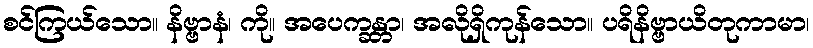
စင်ကြယ်သော။ နိဗ္ဗာနံ၊ ကို။ အပေက္ခန္တာ၊ အလိုရှိကုန်သော။ ပရိနိဗ္ဗာယိတုကာမာ၊